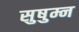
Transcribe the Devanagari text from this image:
सुषुम्न